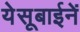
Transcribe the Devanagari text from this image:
येसूबाईनें